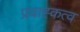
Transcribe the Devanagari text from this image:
प्रवाह्कत्व